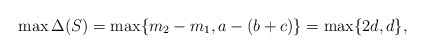
\begin{align*}\max \Delta(S) = \max\{m_2 - m_1, a- (b+c)\} = \max\{2d,d\},\end{align*}